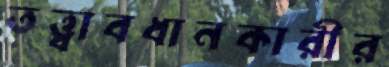
তত্ত্বাবধানকারীর